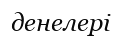
денелері